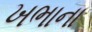
ખભાના